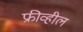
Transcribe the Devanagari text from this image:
फ्रीव्हील